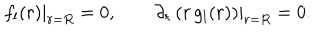
LaTeX: \left. f _ { l } ( r ) \right| _ { r = R } = 0 , \qquad \left. \partial _ { r } \left( r \, g _ { l } ( r ) \right) \right| _ { r = R } = 0 .